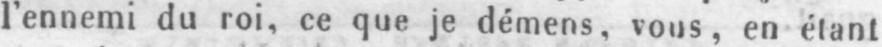
l’ennemi du roi, ce que je démens, vous, en étant